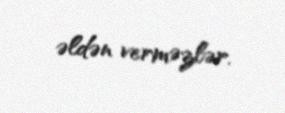
əldən verməzlər.